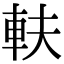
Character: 䡍